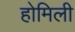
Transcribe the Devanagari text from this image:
होमिली